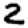
Digit: 2